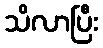
သိလာပြီး